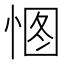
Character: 𢛾